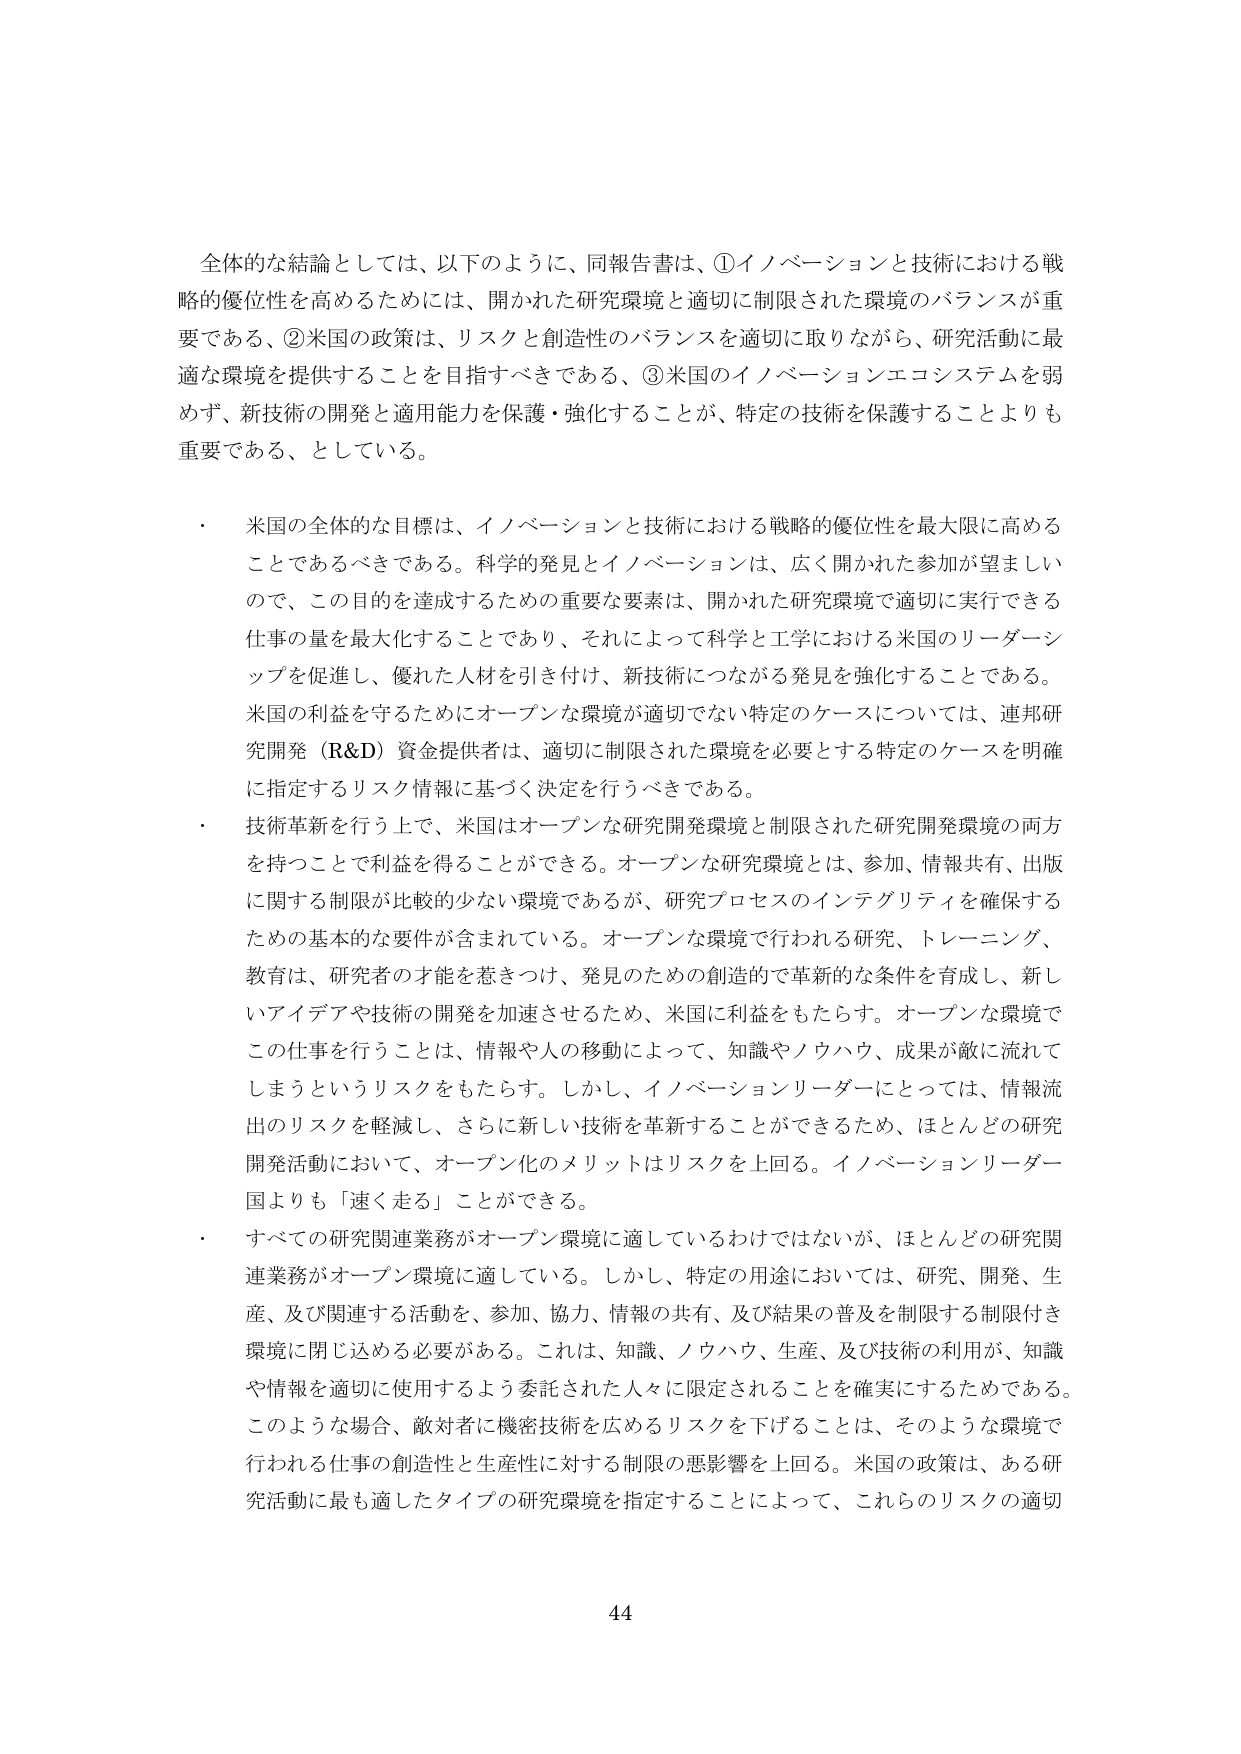
全体的な結論としては、以下のように、同報告書は、①イノベーションと技術における戦略的優位性を高めるためには、開かれた研究環境と適切に制限された環境のバランスが重要である、②米国の政策は、リスクと創造性のバランスを適切に取りながら、研究活動に最適な環境を提供することを目指すべきである、③米国のイノベーションエコシステムを弱めず、新技術の開発と適用能力を保護・強化することが、特定の技術を保護することよりも重要である、としている。

・ 米国の全体的な目標は、イノベーションと技術における戦略的優位性を最大限に高めることであるべきである。科学的発見とイノベーションは、広く開かれた参加が望ましいので、この目的を達成するための重要な要素は、開かれた研究環境で適切に実行できる仕事の量を最大化することであり、それによって科学と工学における米国のリーダーシップを促進し、優れた人材を引き付け、新技術につながる発見を強化することである。米国の利益を守るためにオープンな環境が適切でない特定のケースについては、連邦研究開発（R&D）資金提供者は、適切に制限された環境を必要とする特定のケースを明確に指定するリスク情報に基づく決定を行うべきである。

・ 技術革新を行う上で、米国はオープンな研究開発環境と制限された研究開発環境の両方を持つことで利益を得ることができる。オープンな研究環境とは、参加、情報共有、出版に関する制限が比較的少ない環境であるが、研究プロセスのインテグリティを確保するための基本的な要件が含まれている。オープンな環境で行われる研究、トレーニング、教育は、研究者の才能を惹きつけ、発見のための創造的で革新的な条件を育成し、新しいアイデアや技術の開発を加速させるため、米国に利益をもたらす。オープンな環境でこの仕事を行うことは、情報や人の移動によって、知識やノウハウ、成果が敵に流れてしまうというリスクをもたらす。しかし、イノベーションリーダーにとっては、情報流出のリスクを軽減し、さらに新しい技術を革新することができるため、ほとんどの研究開発活動において、オープン化のメリットはリスクを上回る。イノベーションリーダー国よりも「速く走る」ことができる。

・ すべての研究関連業務がオープン環境に適しているわけではないが、ほとんどの研究関連業務がオープン環境に適している。しかし、特定の用途においては、研究、開発、生産、及び関連する活動を、参加、協力、情報の共有、及び結果の普及を制限する制限付き環境に閉じ込める必要がある。これは、知識、ノウハウ、生産、及び技術の利用が、知識や情報を適切に使用するよう委託された人々に限定されることを確実にするためである。このような場合、敵対者に機密技術を広めるリスクを下げることは、そのような環境で行われる仕事の創造性と生産性に対する制限の悪影響を上回る。米国の政策は、ある研究活動に最も適したタイプの研究環境を指定することによって、これらのリスクの適切

44